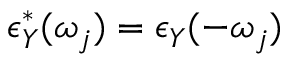
\epsilon _ { Y } ^ { * } ( \omega _ { j } ) = \epsilon _ { Y } ( - \omega _ { j } )